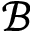
\mathcal { B }